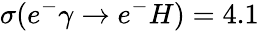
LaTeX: \sigma(e^{-}\gamma\rightarrow e^{-}H)=4.1